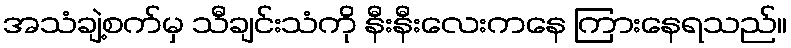
အသံချဲ့စက်မှ သီချင်းသံကို နီးနီးလေးကနေ ကြားနေရသည်။